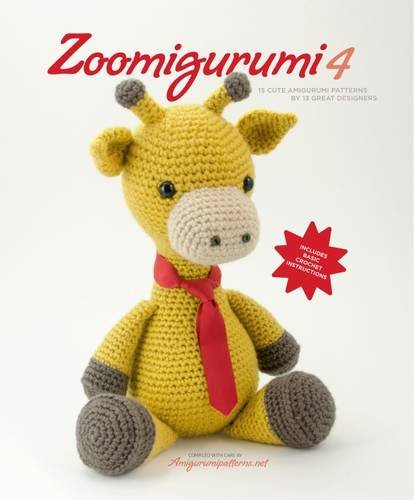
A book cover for Zoomigurumi 4: 15 Cute Amigurumi Patterns 2015; Crafts, Hobbies & Home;